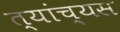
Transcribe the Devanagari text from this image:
त्यांच्यस